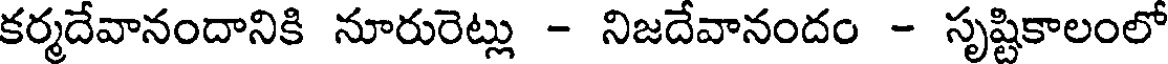
కర్మదేవానందానికి నూరురెట్లు - నిజదేవానందం - సృష్టికాలంలో